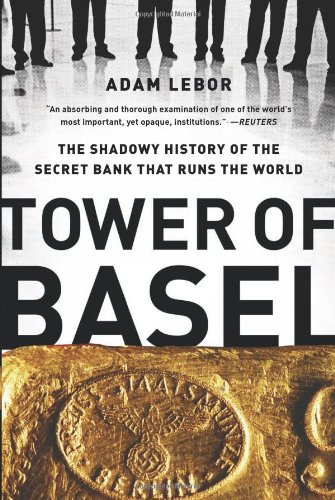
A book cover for Tower of Basel: The Shadowy History of the Secret Bank that Runs the World; Adam LeBor; Business & Money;